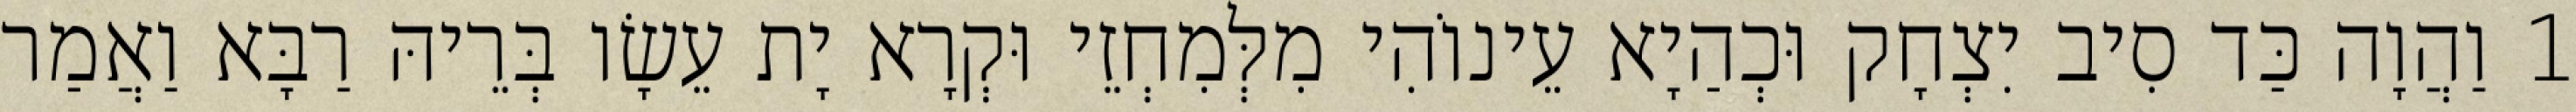
1 וַהֲוָה כַּד סִיב יִצְחָק וּכְהַיָא עֵינוֹהִי מִלְּמִחְזֵי וּקְרָא יָת עֵשָׂו בְּרֵיהּ רַבָּא וַאֲמַר